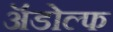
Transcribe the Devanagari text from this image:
ॲडोल्फ